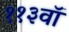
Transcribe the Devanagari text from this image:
११३वॉ